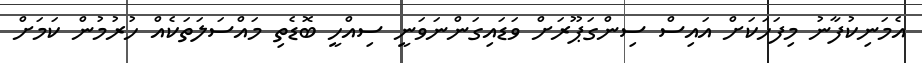
އެމަނިކުފާނު މިފަހަކަށް އައިސް ސިންގަޕޫރަށް ވަޑައިގަންނަވަނީ ސިއްހީ ބޮޑެތި މައްސަލަތަކެއް ހުރުމުން ކަމަށް